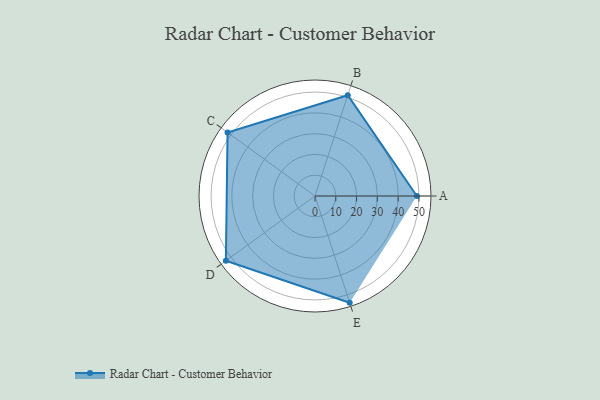
{"axis": {"x": "Skill", "y": "Score"}, "legend": ["Profile"], "data": [{"x": "A", "y": 49.0, "type": "Profile"}, {"x": "B", "y": 51.0, "type": "Profile"}, {"x": "C", "y": 52.0, "type": "Profile"}, {"x": "D", "y": 53.0, "type": "Profile"}, {"x": "E", "y": 54.0, "type": "Profile"}]}